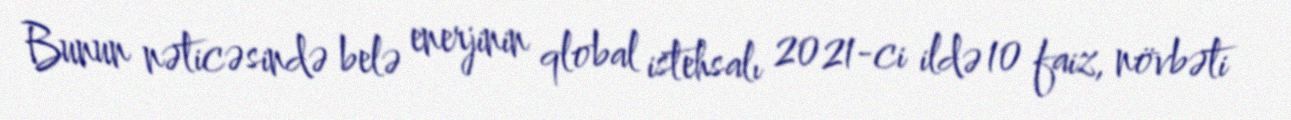
Bunun nəticəsində belə enerjinin qlobal istehsalı 2021-ci ildə 10 faiz, növbəti